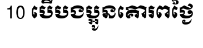
10 បើបងប្អូនគោរពថ្ងៃ